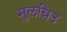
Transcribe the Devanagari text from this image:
मुलग्रिउ